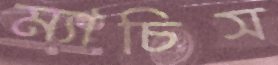
ম্যাচিস